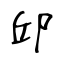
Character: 邱